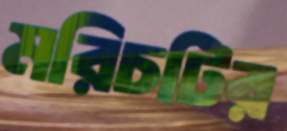
মরিচটির